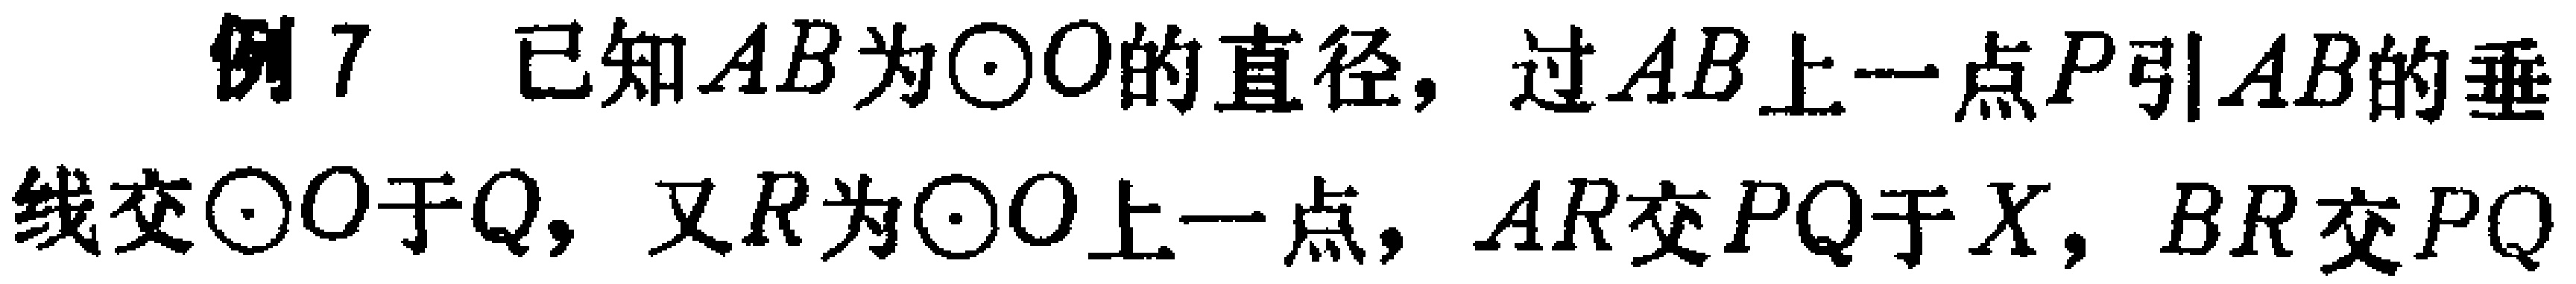
例7 已知$AB$为$\odot O$的直径，过$AB$上一点$P$引$AB$的垂线交$\odot O$于$Q$，又$R$为$\odot O$上一点，$AR$交$PQ$于$X$，$BR$交$PQ$